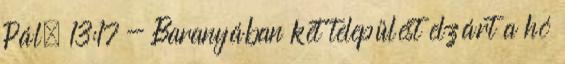
Pál. 13:17 - Baranyában két települést elzárt a hó